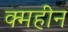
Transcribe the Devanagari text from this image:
क्महीन